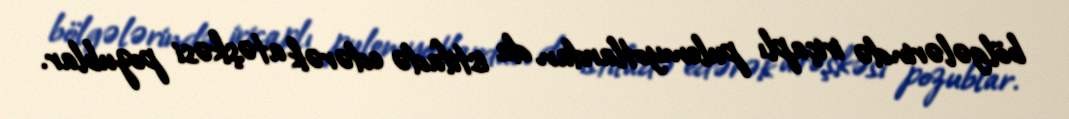
bölgələrində iriçaplı pulemyotlardan da istifadə edərək atəşkəsi pozublar.